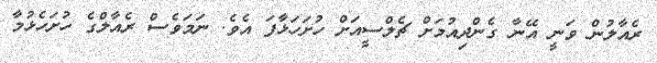
ރެއާލުން ވަނީ އޭނާ ގެންދިއުމަށް ޗެލްސީއަށް ހުށަހަޅާފަ އެވެ. ނަމަވެސް ރެއާލްގެ ހުށަހެޅުމާ